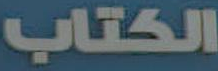
الكتاب